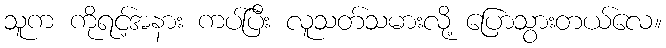
သူက ကိုရင့်အနား ကပ်ပြီး လူသတ်သမားလို့ ပြောသွားတယ်လေ။